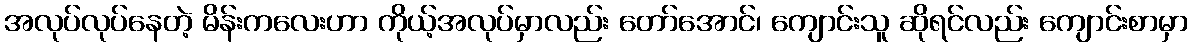
အလုပ်လုပ်နေတဲ့ မိန်းကလေးဟာ ကိုယ့်အလုပ်မှာလည်း တော်အောင်၊ ကျောင်းသူ ဆိုရင်လည်း ကျောင်းစာမှာ